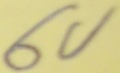
Text: 6V